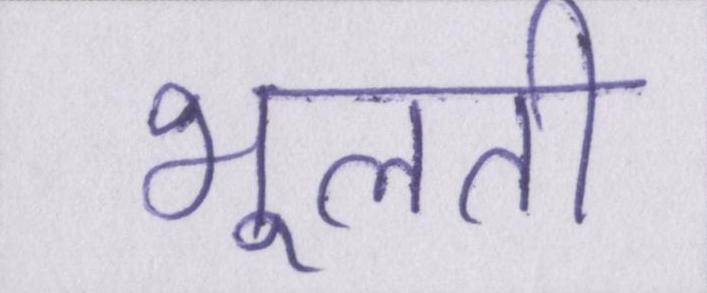
भूलती